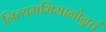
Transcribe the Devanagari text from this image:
नित्यमभिमानोन्नतं